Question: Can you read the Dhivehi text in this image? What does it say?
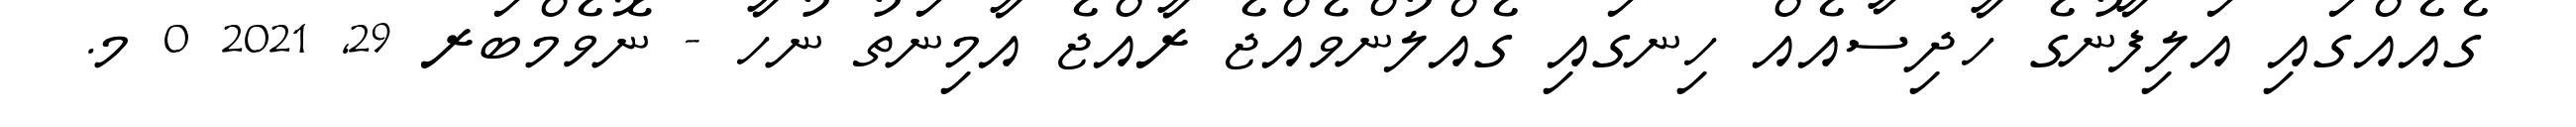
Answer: ގެއެއްގައި އަލިފާނުގެ ހާދިސާއެއް ހިނގައި ގެއްލުންވެއްޖެ ރާއްޖެ އާމިނަތު ނުހާ - ނޮވެމްބަރ 29, 2021 0 މ.